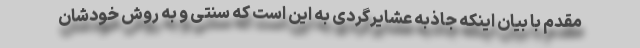
مقدم با بیان اینکه جاذبه عشایرگردی به این است که سنتی و به روش خودشان